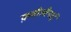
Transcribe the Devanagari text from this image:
क़बीलीयाई